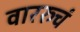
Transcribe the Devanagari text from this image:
वाररुचं